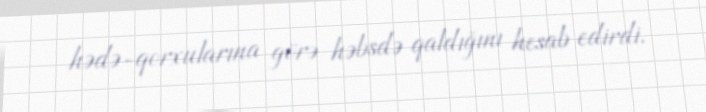
hədə-qorxularına görə həbsdə qaldığını hesab edirdi.